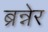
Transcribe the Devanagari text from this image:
ब्रन्नेर